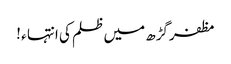
مظفرگڑھ میں ظلم کی انتہا ء !